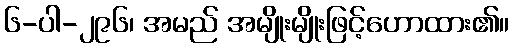
၆-ပါ-၂၉၆၊ အမည် အမျိုးမျိုးဖြင့်ဟောထား၏။